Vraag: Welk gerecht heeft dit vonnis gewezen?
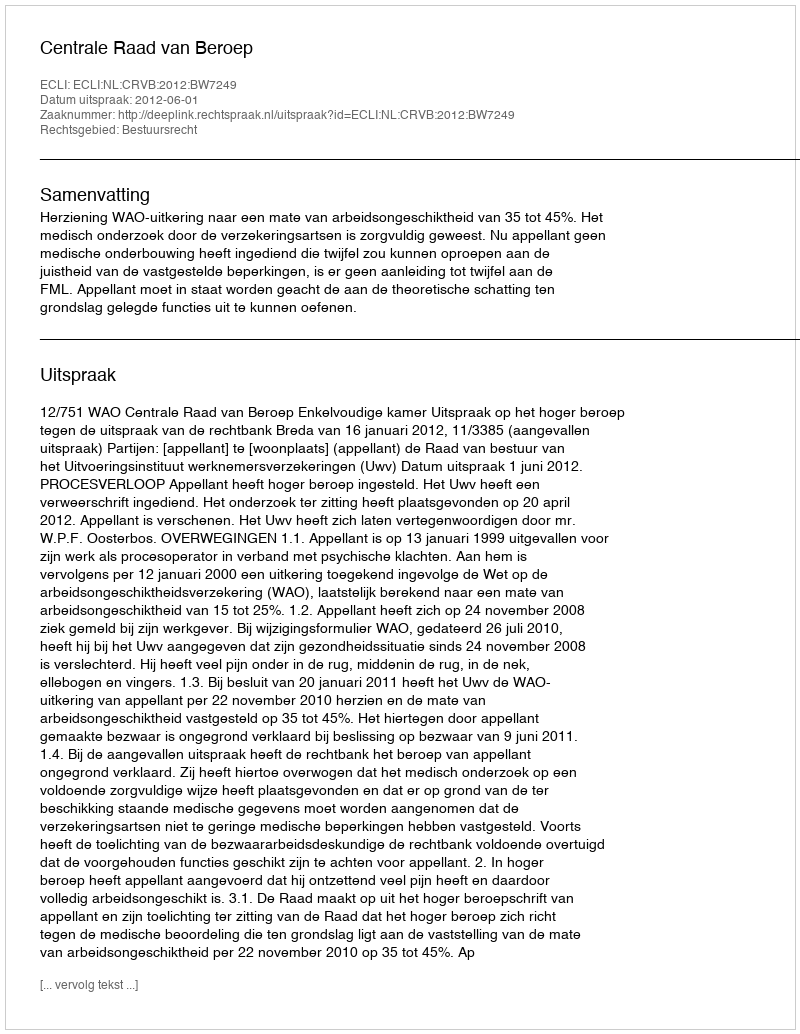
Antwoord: Centrale Raad van Beroep